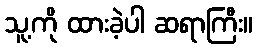
သူ့ကို ထားခဲ့ပါ ဆရာကြီး။